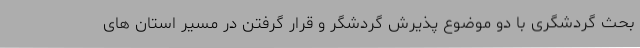
بحث گردشگری با دو موضوع پذیرش گردشگر و قرار گرفتن در مسیر استان های